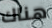
هناك